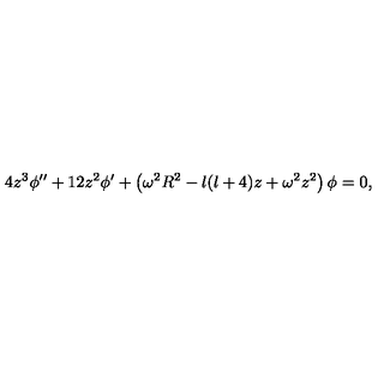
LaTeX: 4 z ^ { 3 } \phi ^ { \prime \prime } + 1 2 z ^ { 2 } \phi ^ { \prime } + \left( \omega ^ { 2 } R ^ { 2 } - l ( l + 4 ) z + \omega ^ { 2 } z ^ { 2 } \right) \phi = 0 ,